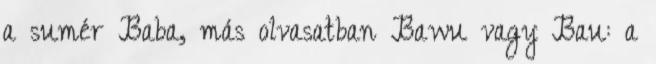
a sumér Baba, más olvasatban Bawu vagy Bau: a